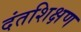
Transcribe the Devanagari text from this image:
दंतशिक्षण